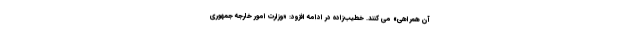
آن همراهی» می کنند. خطیب‌زاده در ادامه افزود: «وزارت امور خارجه جمهوری